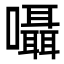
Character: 囁